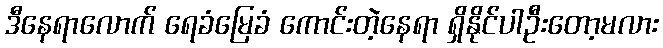
ဒီနေရာလောက် ရေခံမြေခံ ကောင်းတဲ့နေရာ ရှိနိုင်ပါဦးတော့မလား